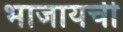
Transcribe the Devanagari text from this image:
भाजायची